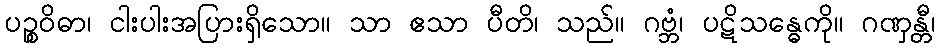
ပဉ္စဝိဓာ၊ ငါးပါးအပြားရှိသော။ သာ ဧသာ ပီတိ၊ သည်။ ဂဗ္ဘံ၊ ပဋိသန္ဓေကို။ ဂဏှန္တီ၊